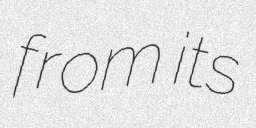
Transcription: from its